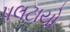
પલટાયો